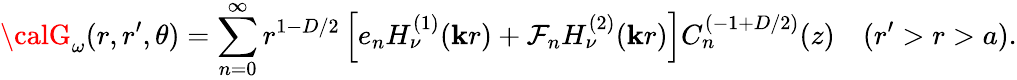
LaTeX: {\calG}_{\omega}(r,r^{\prime},\theta)=\sum_{n=0}^{\infty}r^{1-D/2}\left[e_{n}H_{\nu}^{(1)}(\mathbf{k}r)+\mathcal{F}_{n}H_{\nu}^{(2)}(\mathbf{k}r)\right]C_{n}^{(-1+{D/2})}(z)\quad(r^{\prime}>r>a).